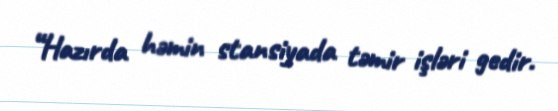
“Hazırda həmin stansiyada təmir işləri gedir.